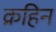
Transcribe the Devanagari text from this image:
क्रहिन